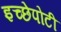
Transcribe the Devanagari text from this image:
इच्छेपोटी